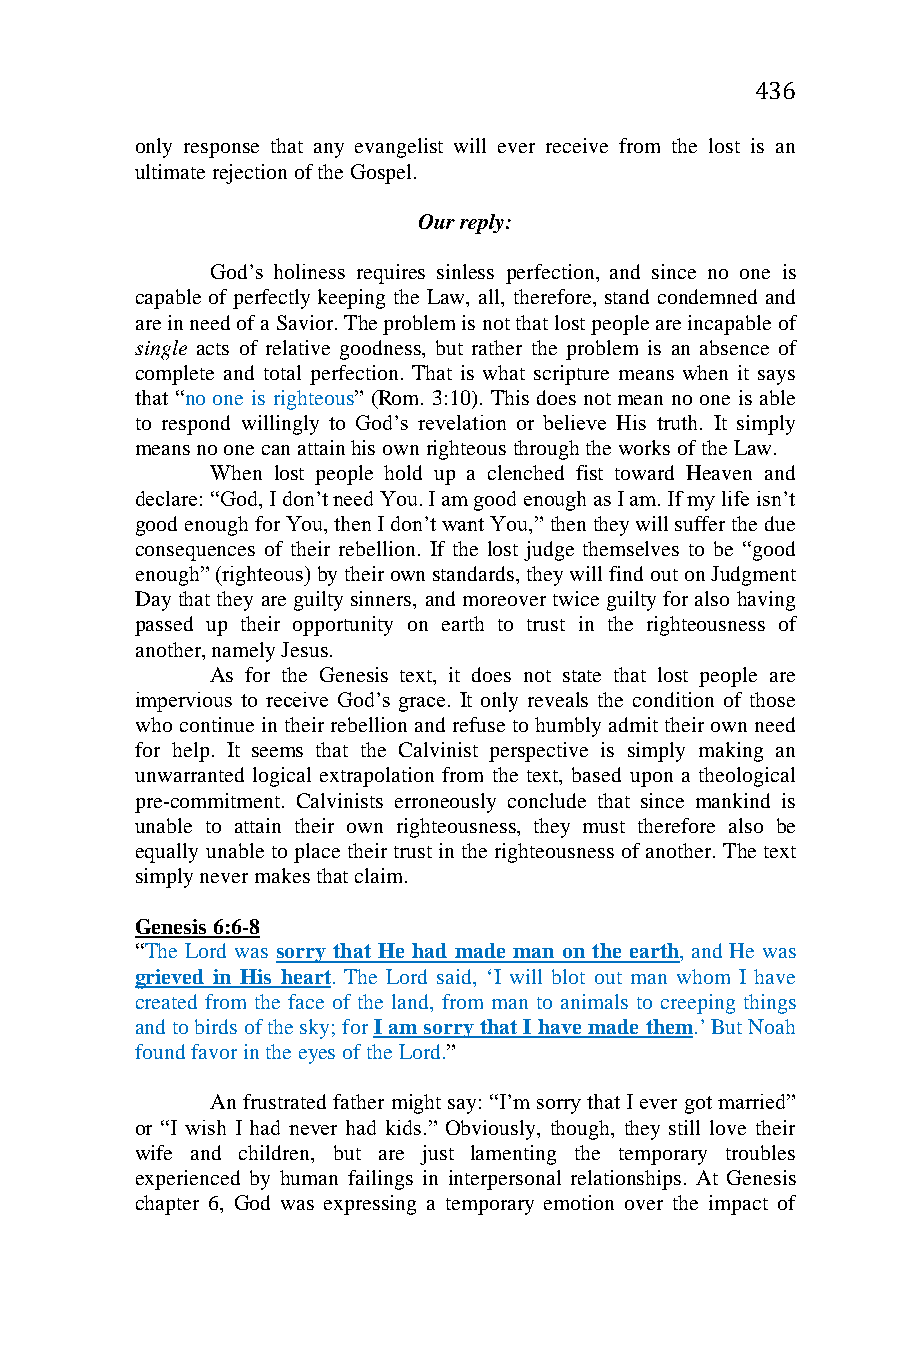
436
 only response that any evangelist will ever receive from the lost is an
 ultimate rejection of the Gospel.
 Our reply:
 God’s holiness requires sinless perfection, and since no one is
 capable of perfectly keeping the Law, all, therefore, stand condemned and
 are in need of a Savior. The problem is not that lost people are incapable of
 single acts of relative goodness, but rather the problem is an absence of
 complete and total perfection. That is what scripture means when it says
 that “no one is righteous” (Rom. 3:10). This does not mean no one is able
 to respond willingly to God’s revelation or believe His truth. It simply
 means no one can attain his own righteous through the works of the Law.
 When lost people hold up a clenched fist toward Heaven and
 declare: “God, I don’t need You. I am good enough as I am. If my life isn’t
 good enough for You, then I don’t want You,” then they will suffer the due
 consequences of their rebellion. If the lost judge themselves to be “good
 enough” (righteous) by their own standards, they will find out on Judgment
 Day that they are guilty sinners, and moreover twice guilty for also having
 passed up their opportunity on earth to trust in the righteousness of
 another, namely Jesus.
 As for the Genesis text, it does not state that lost people are
 impervious to receive God’s grace. It only reveals the condition of those
 who continue in their rebellion and refuse to humbly admit their own need
 for help. It seems that the Calvinist perspective is simply making an
 unwarranted logical extrapolation from the text, based upon a theological
 pre-commitment. Calvinists erroneously conclude that since mankind is
 unable to attain their own righteousness, they must therefore also be
 equally unable to place their trust in the righteousness of another. The text
 simply never makes that claim.
 Genesis 6:6-8
 “The Lord was sorry that He had made man on the earth, and He was
 grieved in His heart. The Lord said, ‘I will blot out man whom I have
 created from the face of the land, from man to animals to creeping things
 and to birds of the sky; for I am sorry that I have made them.’ But Noah
 found favor in the eyes of the Lord.”
 An frustrated father might say: “I’m sorry that I ever got married”
 or “I wish I had never had kids.” Obviously, though, they still love their
 wife and children, but are just lamenting the temporary troubles
 experienced by human failings in interpersonal relationships. At Genesis
 chapter 6, God was expressing a temporary emotion over the impact of